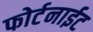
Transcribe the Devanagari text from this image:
फोर्टनाईट